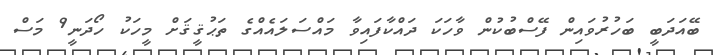
ބޭއަދަބީ ބަހުރުވައިން ފޭސްބުކުން ވާހަކަ ދައްކާފައިވާ މައްސަލައެއްގެ ތަޙުޤީޤަށް މީހަކު ހޯދަނީ9 މަސް